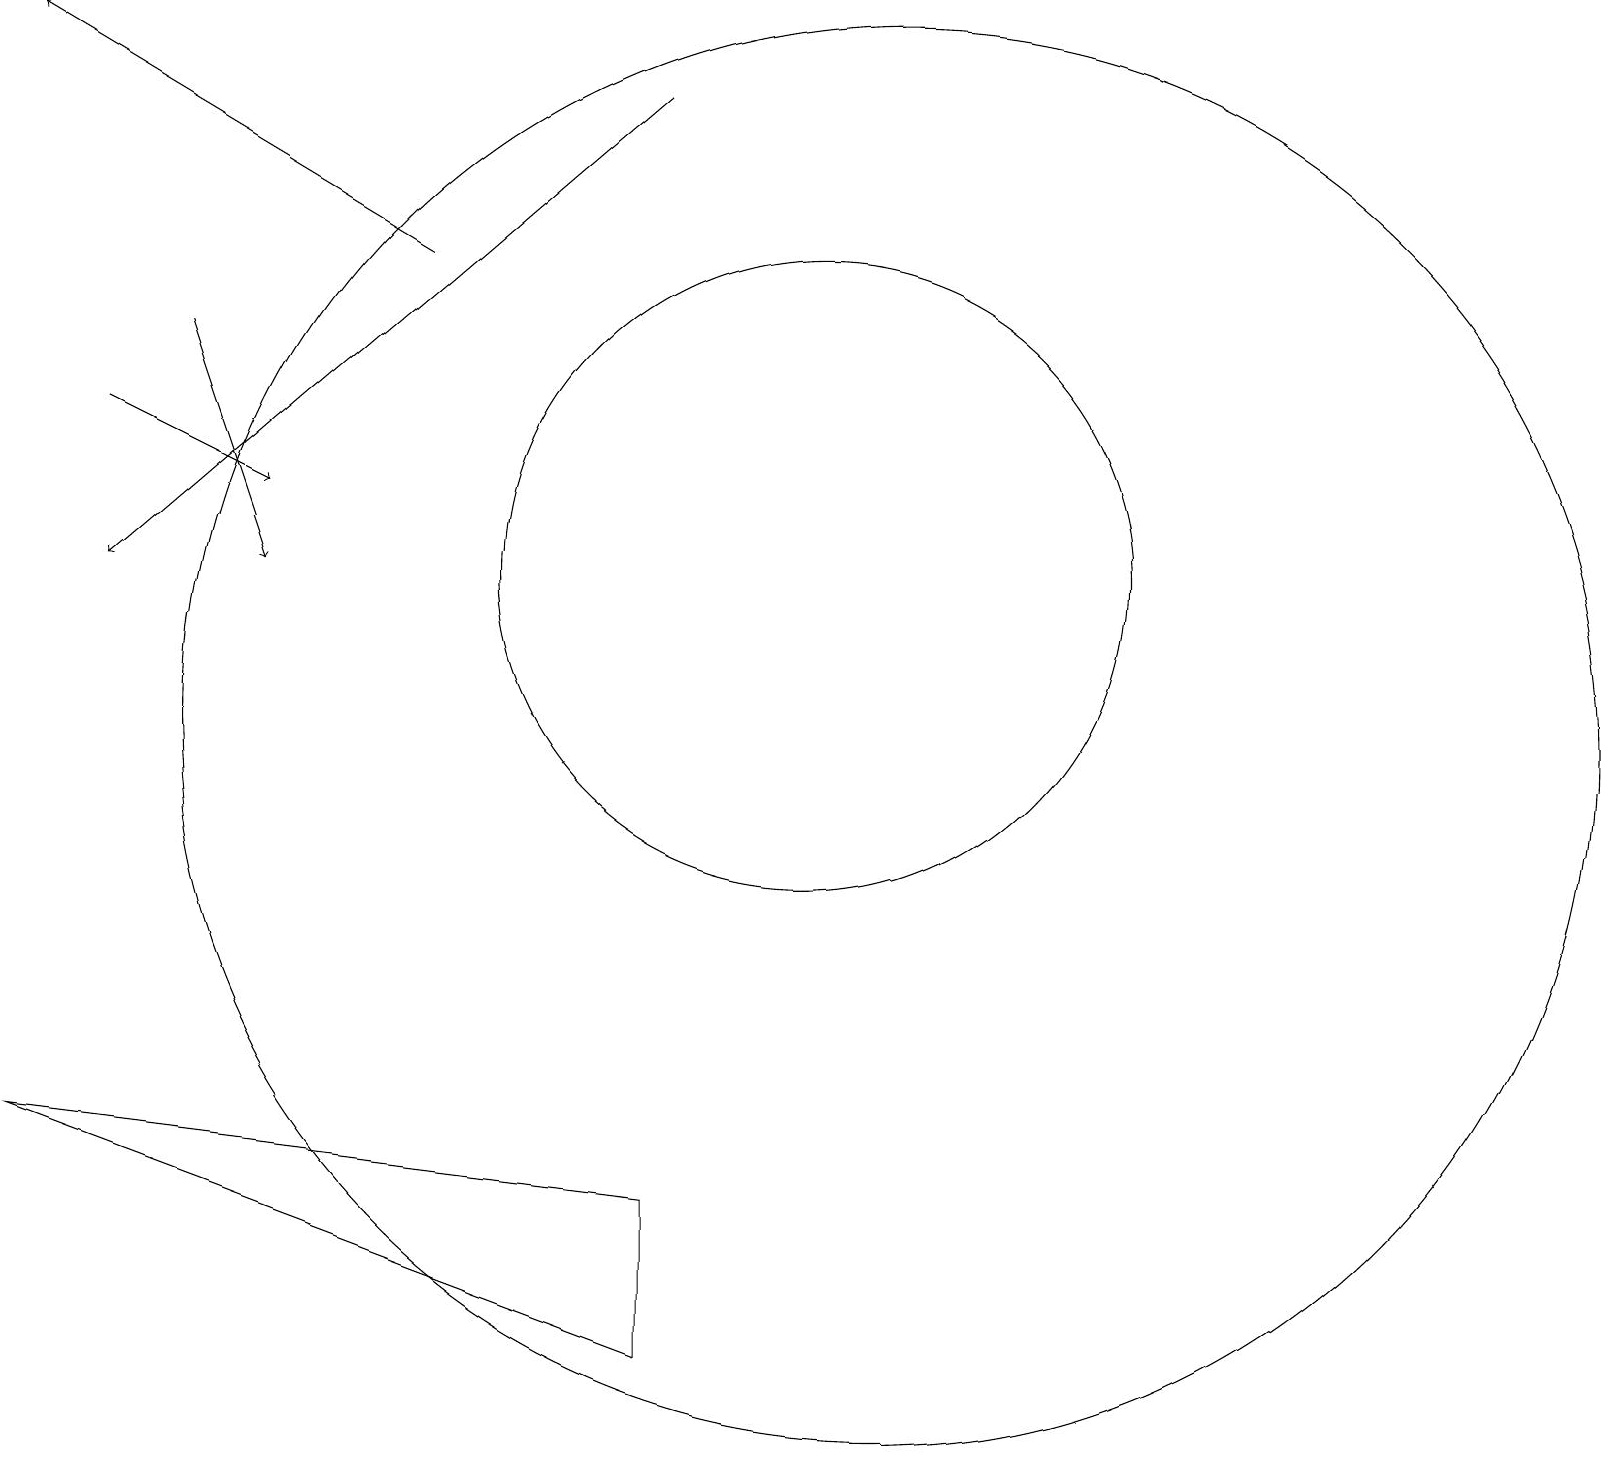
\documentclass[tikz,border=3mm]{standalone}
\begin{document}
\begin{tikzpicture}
\draw[->] (5,16) -- (0,19);
\draw (10,12) circle (4);
\draw[->] (8,18) -- (1,12);
\draw (11,10) circle (9);
\draw[->] (2,15) -- (3,12);
\draw[->] (1,14) -- (3,13);
\draw (8,2) -- (0,5) -- (8,4) -- cycle;
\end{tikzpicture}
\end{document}